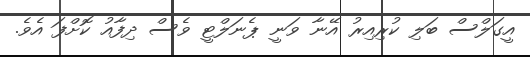
އީގަލްސް ބަލި ކުރިއިރު އޭނާ ވަނީ ޕެނަލްޓީ ވެސް ދިފާއު ކޮށްފަ އެވެ.